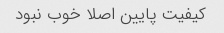
کیفیت پایین اصلا خوب نبود